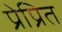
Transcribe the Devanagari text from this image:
प्रेप्रित